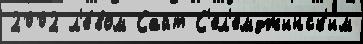
2002 л'е́вом Сайт С'ел'емджинск'им